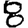
Digit: 8